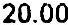
20.00